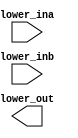
module inst(
	input lower_ina,
	input lower_inb,
	output lower_out
);

endmodule